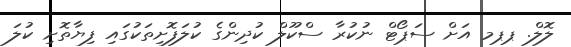
ލޮލް. ޕޕމ އަށް ސަޕޯޓް ނުކުރާ ސްކޫލް ކުދިންގެ ކުލަފޮށިތަކުގައި ފިޔާތޮށި ކުލަ